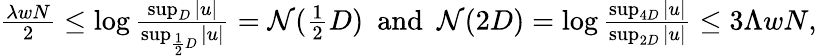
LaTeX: \begin{array}{r}{\frac{\lambda wN}{2}\leq\log\frac{\operatorname*{sup}_{D}|u|}{\operatorname*{sup}_{\frac{1}{2}D}|u|}=\mathcal{N}(\frac{1}{2}D)\mathrm{~}\mathrm{~and~}\mathrm{~}\mathcal{N}(2D)=\log\frac{\operatorname*{sup}_{4D}|u|}{\operatorname*{sup}_{2D}|u|}\leq 3\Lambda wN,}\end{array}